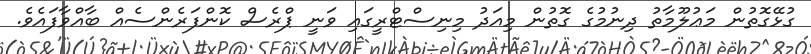
ގުޅޭގޮތުން މަޢުލޫމާތު ދިނުމުގެ ގޮތުން މިއަދު މިނިސްޓްރީގައި ވަނީ ޕްރެސް ކޮންފަރެންސެއް ބާއްވާފައެވެ.